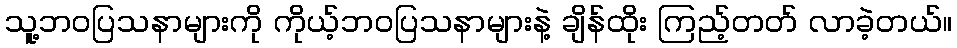
သူ့ဘဝပြသနာများကို ကိုယ့်ဘဝပြသနာများနဲ့ ချိန်ထိုး ကြည့်တတ် လာခဲ့တယ်။